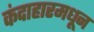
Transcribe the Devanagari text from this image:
कंदाहारमधून